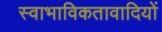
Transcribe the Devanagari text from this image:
स्वाभाविकतावादियों